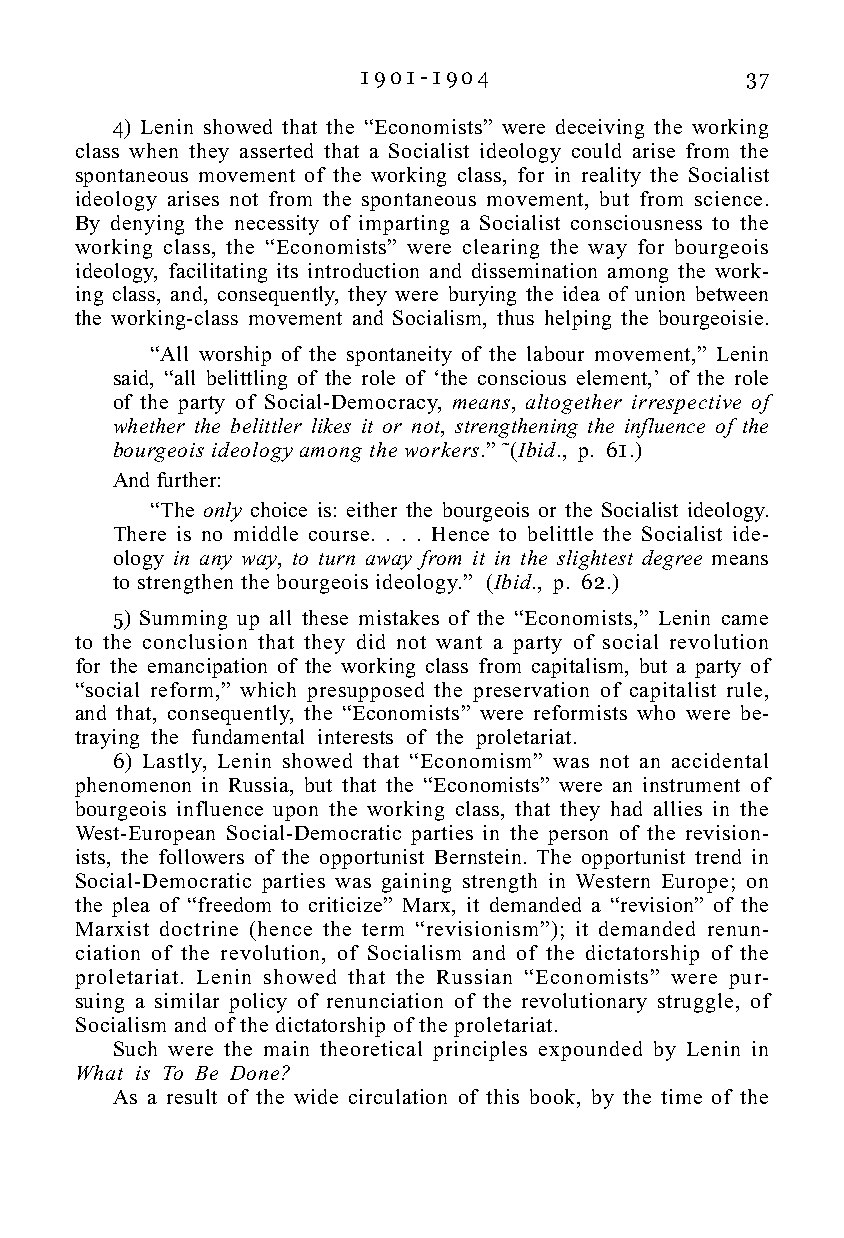
1 9 0 1 - 1 9 0 4        37
 4) Lenin showed that the “Economists” were deceiving the working
 class when they asserted that a Socialist ideology could arise from the
 spontaneous movement of the working class, for in reality the Socialist
 ideology arises not from the spontaneous movement, but from science.
 By denying the necessity of imparting a Socialist consciousness to the
 working class, the “Economists” were clearing the way for bourgeois
 ideology, facilitating its introduction and dissemination among the work-
 ing class, and, consequently, they were burying the idea of union between
 the working-class movement and Socialism, thus helping the bourgeoisie.
 “All worship of the spontaneity of the labour movement,” Lenin
 said, “all belittling of the role of ‘the conscious element,’ of the role
 of the party of Social-Democracy, means, altogether irrespective of
 whether the belittler likes it or not, strengthening the influence of the
 bourgeois ideology among the workers.” ˜(Ibid., p. 61.)
 And further:
 “The only choice is: either the bourgeois or the Socialist ideology.
 There is no middle course. . . . Hence to belittle the Socialist ide-
 ology in any way, to turn away from it in the slightest degree means
 to strengthen the bourgeois ideology.” (Ibid., p. 62.)
 5) Summing up all these mistakes of the “Economists,” Lenin came
 to the conclusion that they did not want a party of social revolution
 for the emancipation of the working class from capitalism, but a party of
 “social reform,” which presupposed the preservation of capitalist rule,
 and that, consequently, the “Economists” were reformists who were be-
 traying the fundamental interests of the proletariat.
 6) Lastly, Lenin showed that “Economism” was not an accidental
 phenomenon in Russia, but that the “Economists” were an instrument of
 bourgeois influence upon the working class, that they had allies in the
 West-European Social-Democratic parties in the person of the revision-
 ists, the followers of the opportunist Bernstein. The opportunist trend in
 Social-Democratic parties was gaining strength in Western Europe; on
 the plea of “freedom to criticize” Marx, it demanded a “revision” of the
 Marxist doctrine (hence the term “revisionism”); it demanded renun-
 ciation of the revolution, of Socialism and of the dictatorship of the
 proletariat. Lenin showed that the Russian “Economists” were pur-
 suing a similar policy of renunciation of the revolutionary struggle, of
 Socialism and of the dictatorship of the proletariat.
 Such were the main theoretical principles expounded by Lenin in
 What is To Be Done?
 As a result of the wide circulation of this book, by the time of the